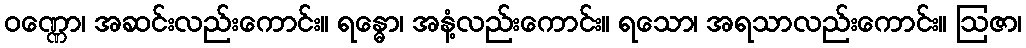
ဝဏ္ဏော၊ အဆင်းလည်းကောင်း။ ရန္ဓော၊ အနံ့လည်းကောင်း။ ရသော၊ အရသာလည်းကောင်း။ ဩဇာ၊